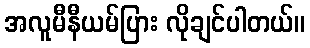
အလူမီနီယမ်ပြား လိုချင်ပါတယ်။